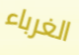
الغرباء